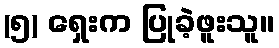
(၅) ရှေးက ပြုခဲ့ဖူးသူ။